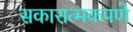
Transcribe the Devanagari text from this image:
सकारात्मकपणे